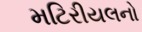
મટિરીયલનો